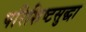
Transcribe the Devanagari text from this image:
परिशिष्टसुद्धा